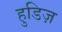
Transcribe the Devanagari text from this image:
हुडिज़